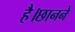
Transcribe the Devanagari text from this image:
है।छानने